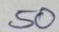
50